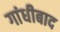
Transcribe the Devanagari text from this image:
गांधीबाद